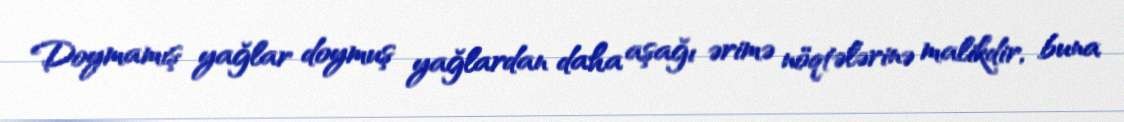
Doymamış yağlar doymuş yağlardan daha aşağı ərimə nöqtələrinə malikdir, buna